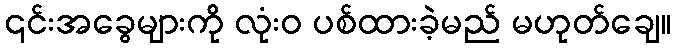
၎င်းအခွေများကို လုံးဝ ပစ်ထားခဲ့မည် မဟုတ်ချေ။